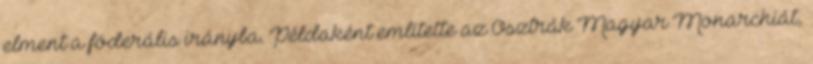
elment a föderális irányba. Példaként említette az Osztrák–Magyar Monarchiát,